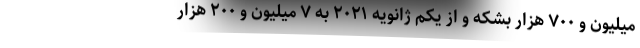
میلیون و ۷۰۰ هزار بشکه و از یکم ژانویه ۲۰۲۱ به ۷ میلیون و ۲۰۰ هزار